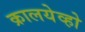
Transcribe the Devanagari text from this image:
क्रालयेव्हो